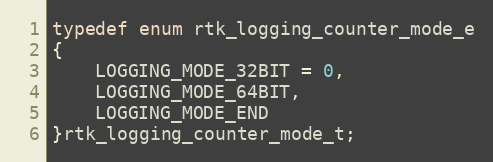
Language: C
typedef enum rtk_logging_counter_mode_e
{
    LOGGING_MODE_32BIT = 0,
    LOGGING_MODE_64BIT,
    LOGGING_MODE_END
}rtk_logging_counter_mode_t;